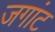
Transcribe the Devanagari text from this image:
जगांट